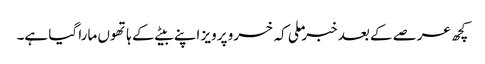
کچھ عرصے کے بعد خبر ملی کہ خسرو پرویز اپنے بیٹے کے ہاتھوں مارا گیا ہے۔